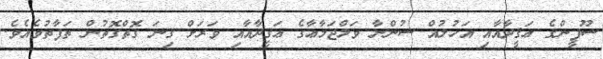
ސޫފީންގެ ޢަޤީދާއާއި އަހުލުއް ސުންނާ ވަލްޖަމާޢާގެ ޢަޤީދާއާއި ވަރަށް ގިނަ ގޮތްގޮތުން ތަފާތުވެއެވެ.